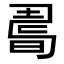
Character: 𢐉